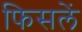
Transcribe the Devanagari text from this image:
फिसलें